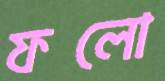
ফলো